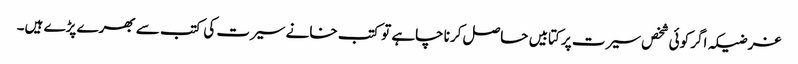
غرضیکہ اگر کوئی شخص سیرت پر کتابیں حاصل کرنا چاہے تو کتب خانے سیرت کی کتب سے بھرے پڑے ہیں۔